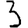
Digit: 3